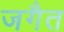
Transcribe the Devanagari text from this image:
जगैत